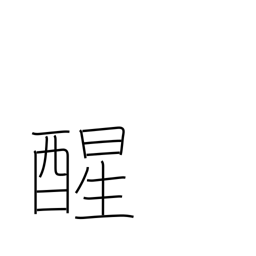
Meaning: awake